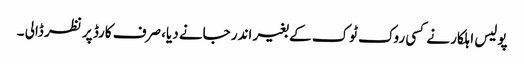
پولیس اہلکار نے کسی روک ٹوک کے بغیر اندر جانے دیا، صرف کارڈ پر نظر ڈالی ۔